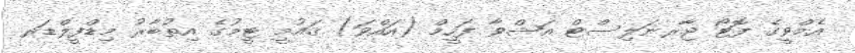
އެމްވީގެ ފޮޓޯ ޖާރނަލިސްޓް އަޝްވާ ފަހީމް (އައްވަ) ޤައުމީ ޓީމުގެ އިތުބާރު މިޑްފީލްޑަރ